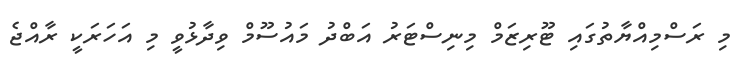
މި ރަސްމިއްޔާތުގައި ޓޫރިޒަމް މިނިސްޓަރު އަބްދު މައުސޫމް ވިދާޅުވީ މި އަހަރަކީ ރާއްޖެ